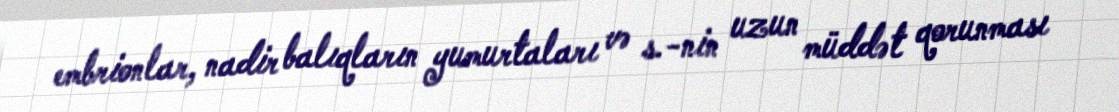
embrionlar, nadir balıqların yumurtaları və s.-nin uzun müddət qorunması